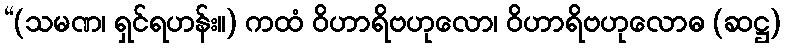
“(သမဏ၊ ရှင်ရဟန်း။) ကထံ ဝိဟာရိဗဟုလော၊ ဝိဟာရိဗဟုလောဓ (ဆဋ္ဌ)